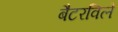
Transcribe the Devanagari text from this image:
बैटरविले